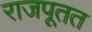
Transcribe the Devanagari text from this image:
राजपूतत